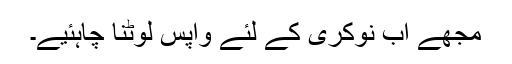
مجھے اب نوکری کے لئے واپس لوٹنا چاہئیے۔